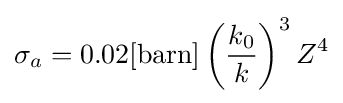
\sigma _{a}=0.02[{\text{barn}}]\left({\frac {k_{0}}{k}}\right)^{3}Z^{4}